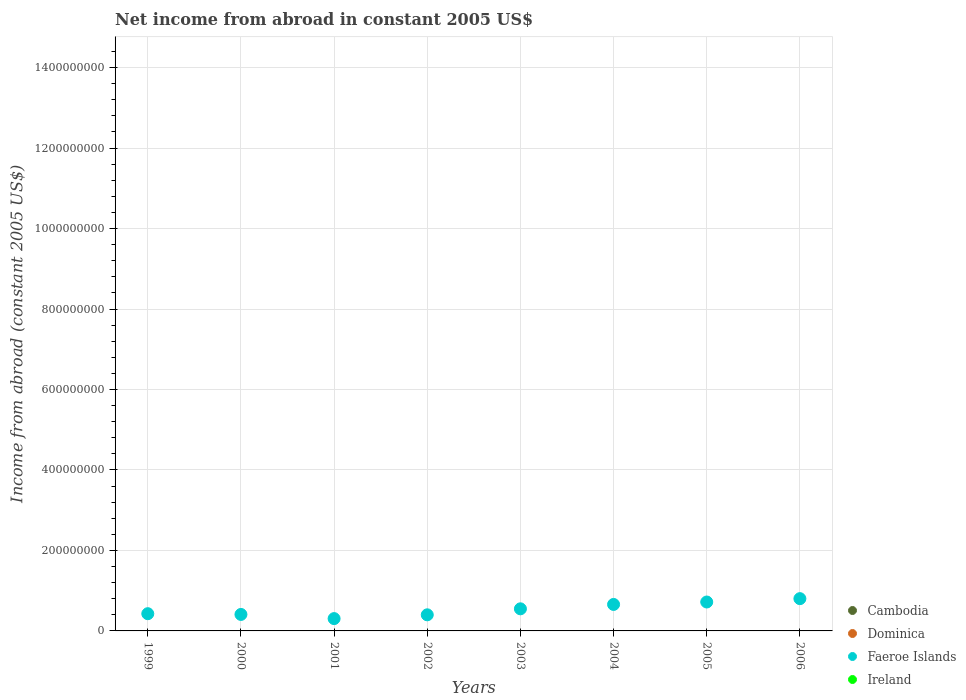
| Years | Cambodia | Dominica | Faeroe Islands | Ireland |
 | --- | --- | --- | --- | --- |
 | 1999 | -9.61e+07 | -2.55e+07 | 4.28e+07 | -1.26e+10 |
 | 2000 | -1.2e+08 | -3.93e+07 | 4.1e+07 | -1.28e+10 |
 | 2001 | -1.37e+08 | -2.51e+07 | 3.06e+07 | -1.59e+10 |
 | 2002 | -1.88e+08 | -2.79e+07 | 4e+07 | -2.07e+10 |
 | 2003 | -1.77e+08 | -2.7e+07 | 5.49e+07 | -2.27e+10 |
 | 2004 | -2.14e+08 | -3.33e+07 | 6.58e+07 | -2.66e+10 |
 | 2005 | -2.87e+08 | -2.89e+07 | 7.19e+07 | -2.79e+10 |
 | 2006 | -3.19e+08 | -1.5e+07 | 8.02e+07 | -2.76e+10 |